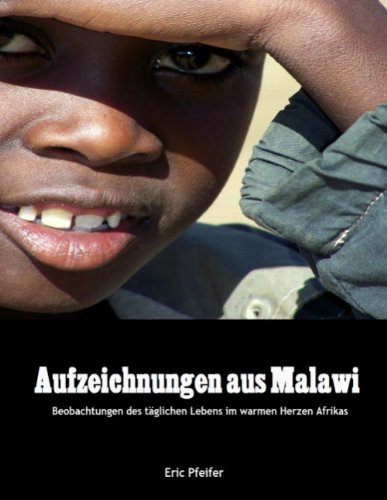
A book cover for Aufzeichnungen aus Malawi (German Edition); Eric Pfeifer; Travel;